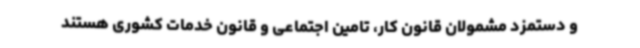
و دستمزد مشمولان قانون کار، تامین اجتماعی و قانون خدمات کشوری هستند